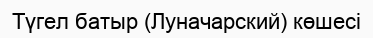
Түгел батыр (Луначарский) көшесі